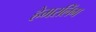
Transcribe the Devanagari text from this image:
हेमरलिंग